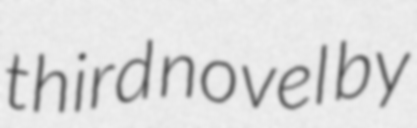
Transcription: third novel by